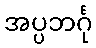
အပ္ပဘင်္ဂု